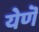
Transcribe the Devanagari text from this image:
येणॆ